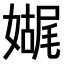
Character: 𫱬